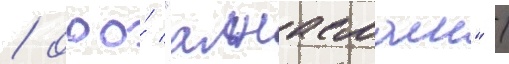
/ ооо́ "алнасмаш" /